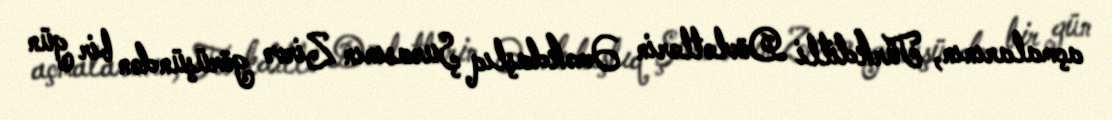
açmalarının, Türkdilli Dövlətlərin Əməkdaşlıq Şurasının Zirvə görüşündən bir gün